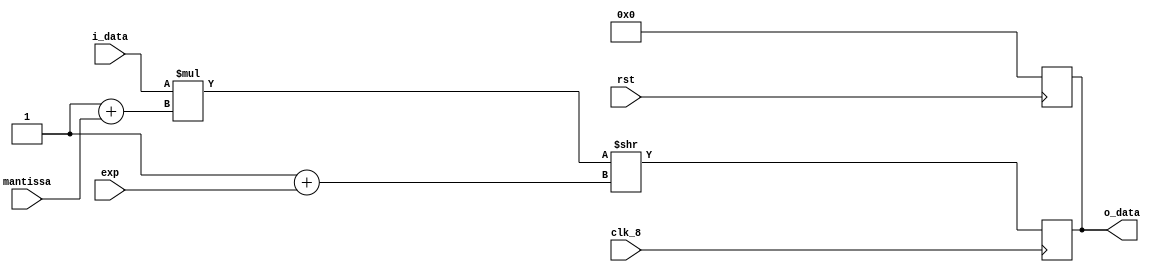
module Float_emm(clk_8, rst, i_data, mantissa, exp, o_data);
input clk_8, rst;
input [14:0] i_data;
input [7:0] mantissa;
input [3:0] exp;
output [31:0] o_data;

reg [31:0] float;

always @(negedge rst)
begin
    float <= 32'd0;
end

always @(posedge clk_8)
begin
    float = (i_data * (1'd1 + mantissa)) >> (1 + exp);
end

assign o_data = float;

endmodule